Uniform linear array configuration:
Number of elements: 12
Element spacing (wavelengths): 1
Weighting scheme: hamming
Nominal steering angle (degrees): -30
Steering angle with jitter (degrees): -31.005
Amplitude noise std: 0.05
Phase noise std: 0.05

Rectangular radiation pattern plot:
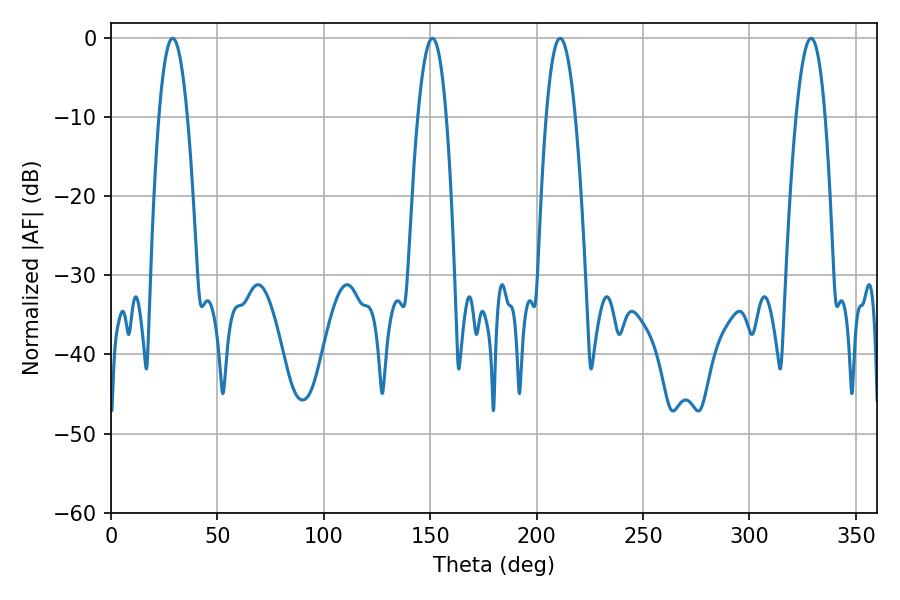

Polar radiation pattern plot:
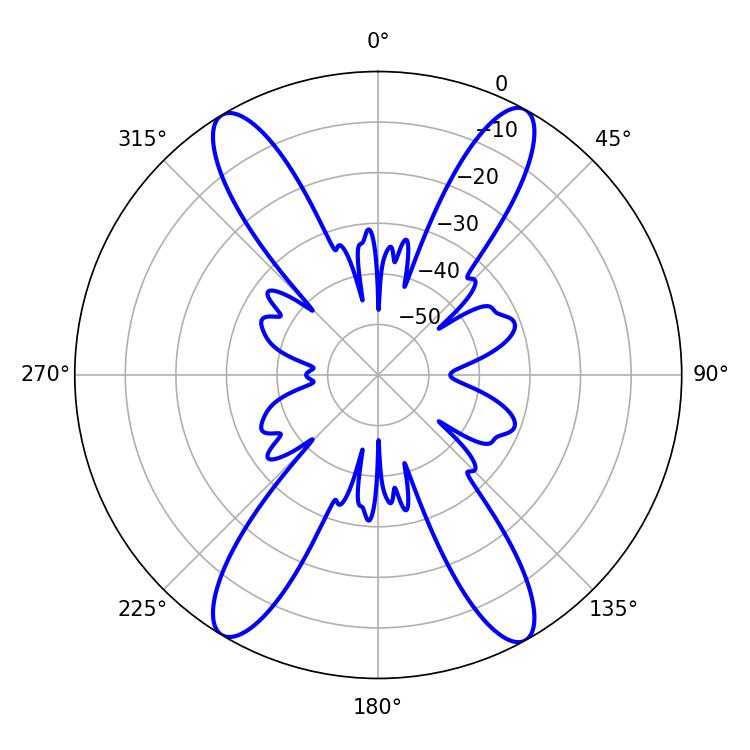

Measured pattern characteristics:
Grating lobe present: TRUE
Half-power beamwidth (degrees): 7.38
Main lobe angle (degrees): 28.98